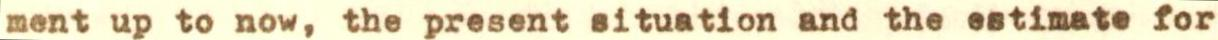
ment up to now, the present situation and the estimate for